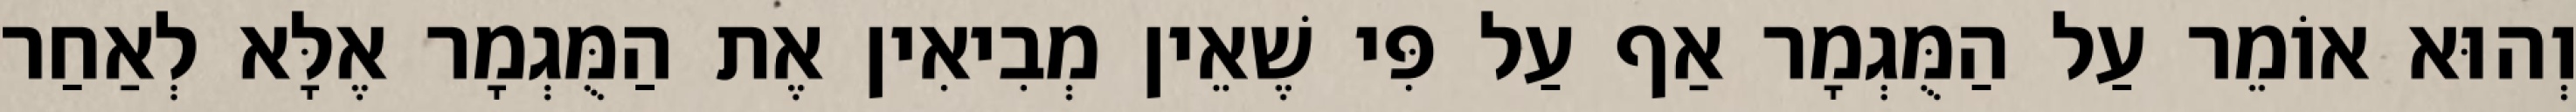
וְהוּא אוֹמֵר עַל הַמֻּגְמָר אַף עַל פִּי שֶׁאֵין מְבִיאִין אֶת הַמֻּגְמָר אֶלָּא לְאַחַר